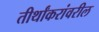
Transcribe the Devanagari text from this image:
तीर्थांकरांवरील